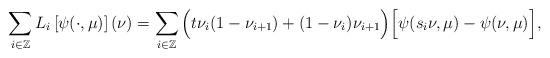
LaTeX: \begin{align*}\sum_{i \in \mathbb{Z}}L_i \left[ \psi(\cdot,\mu)\right](\nu) = \sum_{i \in \mathbb{Z}} \Big( t \nu_i(1-\nu_{i+1}) + (1-\nu_i)\nu_{i+1}\Big)\Big[\psi(s_i \nu, \mu) - \psi(\nu,\mu) \Big],\end{align*}